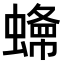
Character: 𧐲